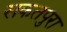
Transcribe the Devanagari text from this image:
सकतपुरा